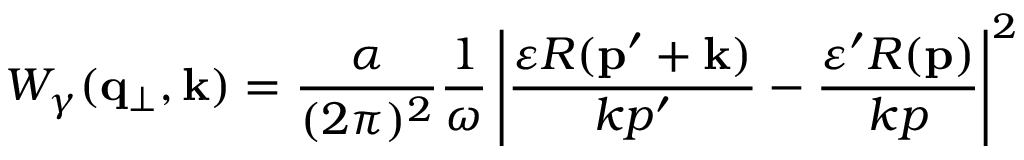
W _ { \gamma } ( { \bf q _ { \perp } } , { \bf k } ) = \frac { \alpha } { ( 2 \pi ) ^ { 2 } } \frac { 1 } { \omega } \left| \frac { \varepsilon R ( { \bf p } ^ { \prime } + { \bf k } ) } { k p ^ { \prime } } - \frac { \varepsilon ^ { \prime } R ( { \bf p } ) } { k p } \right| ^ { 2 }